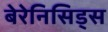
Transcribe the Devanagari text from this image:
बेरेनिसिड्स